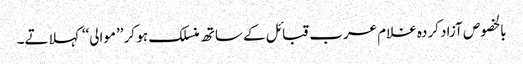
بالخصوص آزاد کردہ غلام عرب قبائل کے ساتھ منسلک ہو کر ’’موالی‘‘ کہلاتے۔